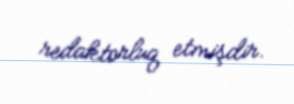
redaktorluq etmişdir.